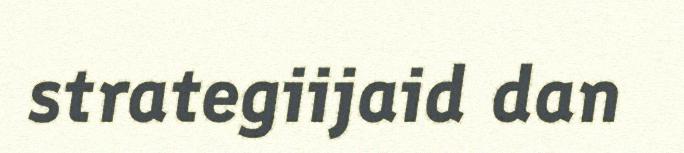
strategiijaid dan